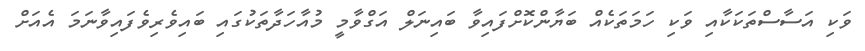
ވަކި އަސާސްތަކަކާއި ވަކި ހަމަތަކެއް ބަޔާންކޮށްފައިވާ ބައިނަލް އަގްވާމީ މުއާހަދާތަކުގައި ބައިވެރިވެފައިވާނަމަ އެއަށް